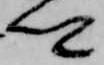
卿